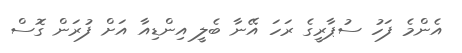
އެންމެ ފަހު ސުޕާރީގެ ރަހަ އޭނާ ބެލީ އިންޑިއާ އަށް ފުރަން ގޮސް